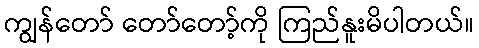
ကျွန်တော် တော်တော့်ကို ကြည်နူးမိပါတယ်။